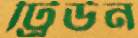
ট্রিউন